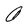
Character: O